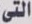
التى